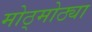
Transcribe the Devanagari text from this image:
मोठ्मोठ्या